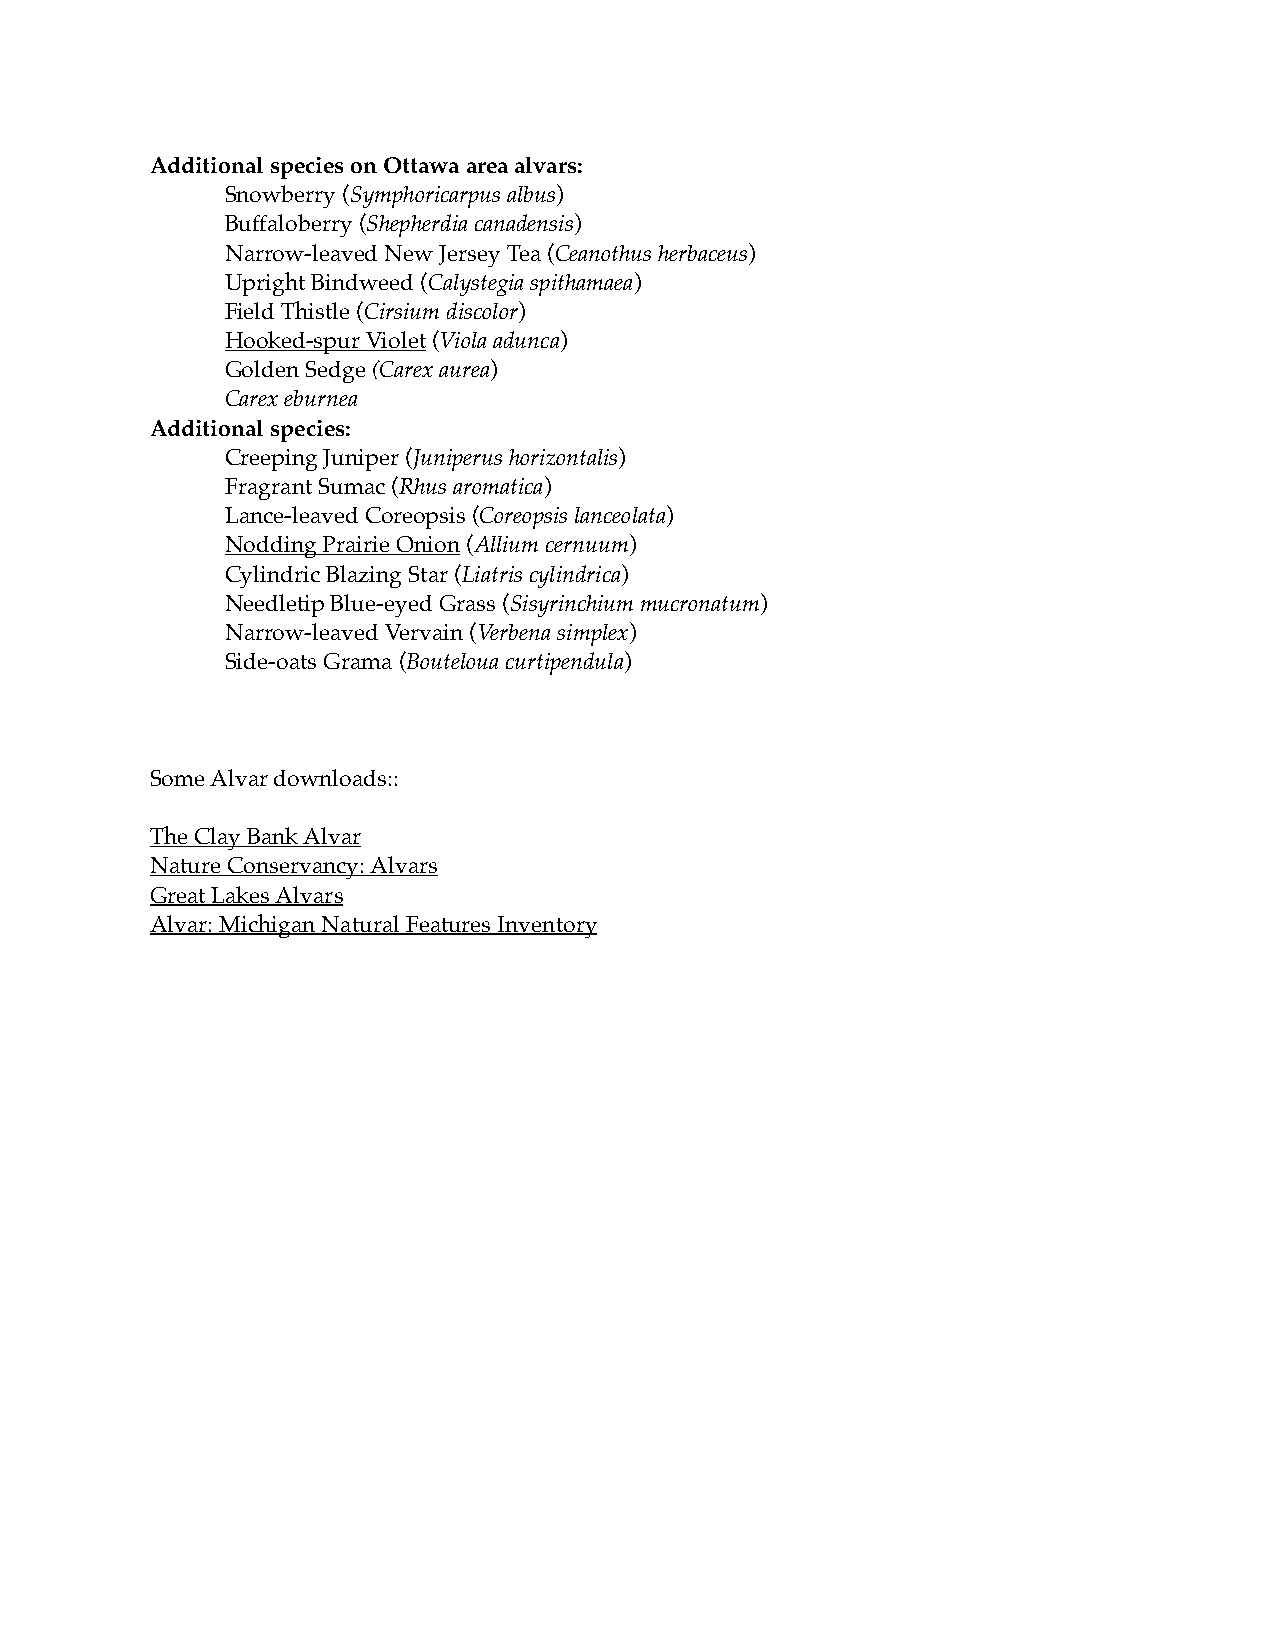
Additional species on Ottawa area alvars:
 Snowberry (Symphoricarpus albus)
 Buffaloberry (Shepherdia canadensis)
 Narrow-leaved New Jersey Tea (Ceanothus herbaceus)
 Upright Bindweed (Calystegia spithamaea)
 Field Thistle (Cirsium discolor)
 Hooked-spur Violet (Viola adunca)
 Golden Sedge (Carex aurea)
 Carex eburnea
 Additional species:
 Creeping Juniper (Juniperus horizontalis)
 Fragrant Sumac (Rhus aromatica)
 Lance-leaved Coreopsis (Coreopsis lanceolata)
 Nodding Prairie Onion (Allium cernuum)
 Cylindric Blazing Star (Liatris cylindrica)
 Needletip Blue-eyed Grass (Sisyrinchium mucronatum)
 Narrow-leaved Vervain (Verbena simplex)
 Side-oats Grama (Bouteloua curtipendula)
 Some Alvar downloads::
 The Clay Bank Alvar
 Nature Conservancy: Alvars
 Great Lakes Alvars
 Alvar: Michigan Natural Features Inventory